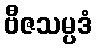
ဗီဇသမ္ပဒံ